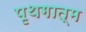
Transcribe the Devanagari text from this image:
पृथगात्म